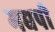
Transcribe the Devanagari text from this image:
मद्यपी